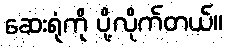
ဆေးရုံကို ပို့လိုက်တယ်။